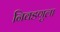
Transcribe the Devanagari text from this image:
निवडणुला